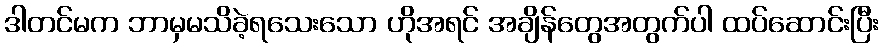
ဒါတင်မက ဘာမှမသိခဲ့ရသေးသော ဟိုအရင် အချိန်တွေအတွက်ပါ ထပ်ဆောင်းပြီး